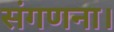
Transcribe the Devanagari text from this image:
संगणना।